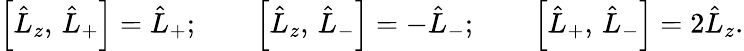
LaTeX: \left[\hat{L}_{z},\, \hat{L}_{+}\right]=\hat{L}_{+};\qquad\left[\hat{L}_{z},\, \hat{L}_{-}\right]=-\hat{L}_{-};\qquad\left[\hat{L}_{+},\, \hat{L}_{-}\right]=2\hat{L}_{z}.